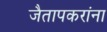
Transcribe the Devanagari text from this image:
जैतापकरांना